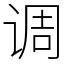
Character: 调